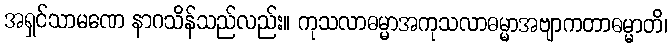
အရှင်သာမဏေ နာဂသိန်သည်လည်း။ ကုသလာဓမ္မာအကုသလာဓမ္မာအဗျာကတာဓမ္မာတိ၊